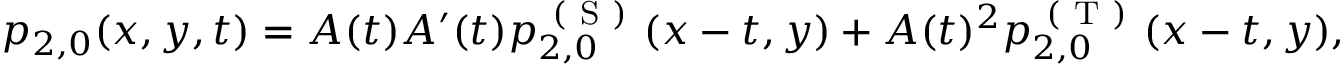
\begin{array} { r } { p _ { 2 , 0 } ( x , y , t ) = A ( t ) A ^ { \prime } ( t ) p _ { 2 , 0 } ^ { \mathrm { ~ ( ~ S ~ ) ~ } } ( x - t , y ) + A ( t ) ^ { 2 } p _ { 2 , 0 } ^ { \mathrm { ~ ( ~ T ~ ) ~ } } ( x - t , y ) , } \end{array}